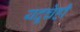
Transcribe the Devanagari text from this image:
यदूचेही